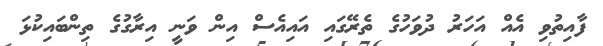
ފާއިތުވި އެއް އަހަރު ދުވަހުގެ ތެރޭގައި އައިއެސް އިން ވަނީ އިރާގުގެ ތިންބައިކުޅަ